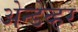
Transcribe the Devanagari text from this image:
अेन्डेव्हर